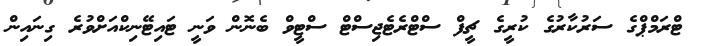
ޓްރަމްޕްގެ ސަރުކާރުގެ ކުރީގެ ޗީފް ސްޓްރެޓެޖިސްޓް ސްޓީވް ބެނޮން ވަނީ ޓައިޓޭނިކްއަށްވުރެ ގިނައިން